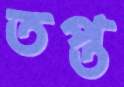
তপ্ত